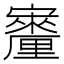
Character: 𪧳